Veterinary [1909] -
Year: 1909
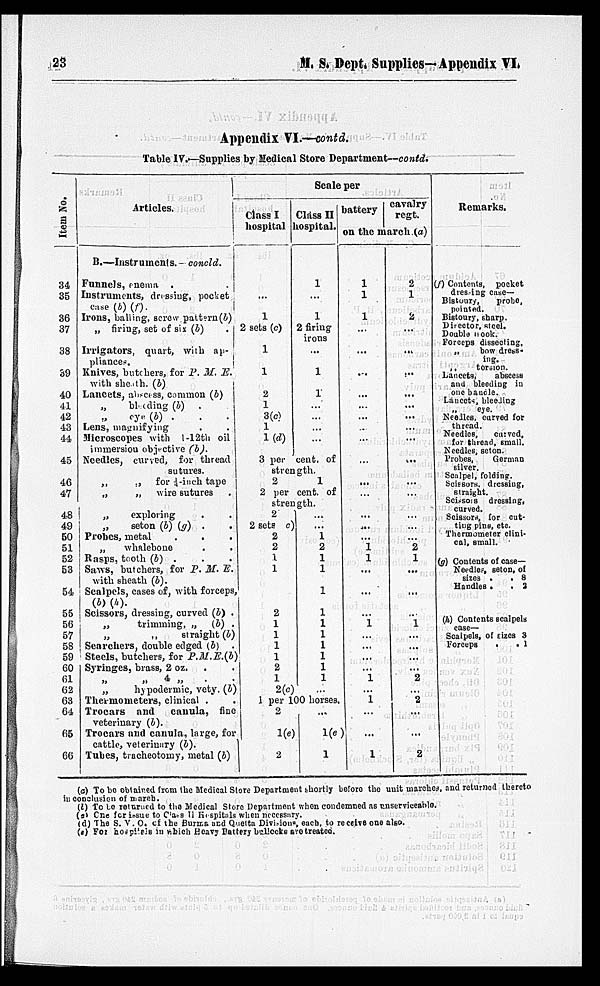
23
M.
S.
Dept.
Supplies—Appendix VI.
Appendix VI.—contd.
Table IV.—Supplies by Medical Store Department—contd.
Item No.
34
35
36
37
38
39
40
41
42
43
44
45
46
47
48
49
50
51
52
53
54
55
56
57
58
59
60
61
62
63
64
65
66
Articles.
B.—Instruments. - concld.
Funnels, enema .
.
Instruments, drassing, pocket
Irons, balling, screw pattern (b)
„ firing, set of six (b)
.
Irrigators, quart, with ap-
pliances.
Knives, butchers, for P. M. E.
with she th. (b)
Lancets, abscess, common (b)
bl eding (b) .
„ eye (b) .
.
.
Lens, magnifying
.
.
Microscopes with 1-12th oil
immersion objective (b).
Needles, curved, for thread
sutures.
„
„
for 4-inch tape
„
„ wire sutures .
„
exploring . .
seton (b) (g) . .
Probes, metal . . .
„
whalebone . .
Rasps, troth (b) . . .
Sims, butchers, for P. M. E.
with sheath (b).
Scalpels, cases of, with forceps,
(b) (h).
Scissors, dressing, curved (b) .
„
trimming, „ (b) .
„
„
straight (b)
Searchers, double edged (b) .
Steels, butchers, for P.M.E.(b)
Syringes, brass, 2 oz. . .
„ „ 4 „ . .
„
hypodermic, vety. (b)
Thermometers, clinical . .
Trocars and
canula, fine
veterinary (b).
Trocars and canula, large, for
cattle, veterinary (b).
Tubes, tracheotomy, metal (b)
Scale per
Class I
hospital
...
1
2 sets (c)
1
1
2
1
3(c)
1
1 (d)
Class II
hospital.
1
...
1
2 firing
irons
...
1
1
...
...
...
3 per cent. of
strength.
2
1
2 per cent. of
strength.
2
2 sets c
2
2
1
1
2
1
1
1
1
2
1
2(c)
...
...
1
2
1
1
1
1
1
1
1
1
1
1
1 per 100 horses.
2
1(e)
2
...
1(e)
1
battery
1
1
1
...
...
...
...
...
...
...
...
...
...
...
1 1
...
...
...
1
...
...
...
...
1
1 ...
...
1
cavalry
regt.
2
1
2
...
...
...
...
...
...
...
...
...
...
...
...
...
2
1
...
...
...
1
...
...
...
...
2
2
...
...
2
Remarks.
(f) Contents, pocket
dressing case-
Bistoury,
probo,
pointed.
Bistoury, sharp.
Director, stcel.
Double nook.
Forceps dissecting.
„
bow dress-
ing.
„
torsion.
Lancets,
abecess
and bleeding in
one bauole.
Lancets, bleeding
„
eye.
Needles, curved for
thread.
Needles,
curved,
for thread, small.
Needles, seton.
Probes,
German
silver.
Scalpel, folding.
Scissors, dressing,
straight.
Scissors dressing,
curved.
Scissors, for cut-
ting pine, etc.
Thermometer clini-
cal, email.
(a) Contents of case—
Needles, seton, of
sizes .
. 8
Handles .
. 2
(h) Contents scalpels
case—
Scalpels, of sizes 3
Forceps
. . 1
(c) To be obtained from the Medical Store Department shortly bofore the unit marches, and returned thereto
in conclusion of march.
(l) To to retained to the Medical Store Department when condemned as unserviceable.
(s) One for issue to Class II Hospitals when necessary.
(d) The S. V. O. of the Burma and Quetta Divisions, each, to receive one also.
(s) For hospitals in which Heavy Battery bullocks are treated.